Indian journal of veterinary science and animal husbandry - Volumes 18-21, 1948-1951
Year: 1948
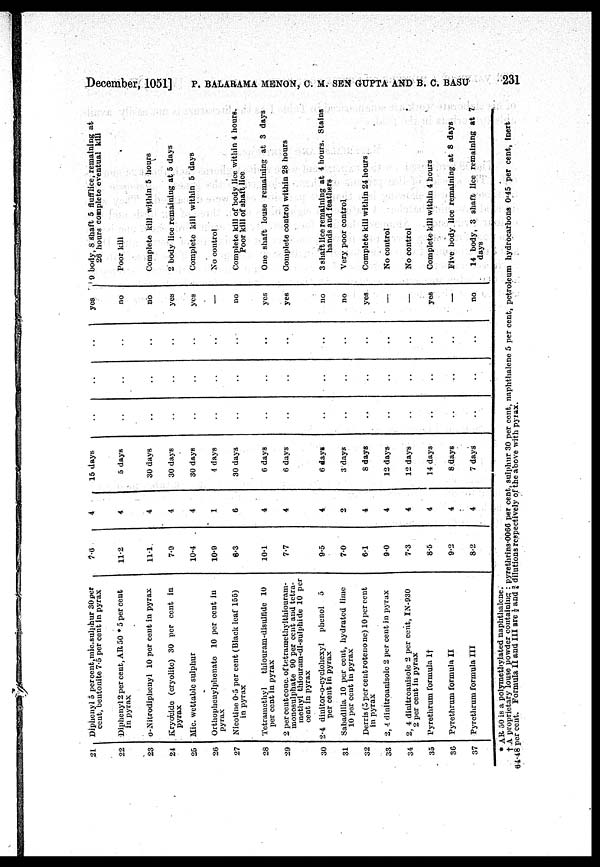
December, 1051] P. BALARAMA MENON, C. M. SEN GUPTA AND B. C. BASU 231
21
22
23
24
25
26
27
28
29
30
31
32
33
34
35
36
37
Diphenyl 5 percent, mic.sulphur 30 per
cent, beutonite 7.5 per cent in pyrax
Diphenyl 2 per cent, AR 50.5 per cent
in pyrax
o-Nitrodiphcnyl 10 per cent in pyrax
Kryotldo (cryolite) 30 per cent in
pyrax
Mic. wettable sulphur
Orthophcuylphonate 10 per cent in
pyrax
Nicotine 0.5 per cent (Black leaf 155)
in pyrax
Tetrumethyl
thiouram-disulfide 10
per cent in pyrax
2 per cent conc. of tetramethylthiouram-
monosulphate 90 per cent and tetra-
methyl thiouram-di-sulphide 10 per
cent in pyrax
2.4 dinitor-o-cyclohexyl
phenol 5
per cent in pyrax
Sabadilla 10 per cent, hydrated lime
10 per cent in pyrax
Derris (5 per cent rotenone) 10 per cent
in pyrax
2, 4 dinitroanisolc 2 per cent in pyrax
2, 4 dinitroauisole 2 per cent, IN-930
2 per cent in pyrax
Pyrethrum formula I†
Pyrethrum formula II
Pyrethrum formula III
7.6
11.2
11.1
7.0
10.4
10.9
6.3
10.1
7.7
9.5
7.0
6.1
9.0
7.3
8.5
9.2
8.2
4
4
4
4
4
1
6
4
4
4
2
4
4
4
4
4
4
15 days
5 days
30 days
30 days
30 days
4 days
30 days
6 days
6 days
6 days
3 days
8 days
12 days
12 days
14 days
8 days
7 days
..
..
..
..
..
..
..
..
..
..
..
..
..
..
..
..
..
..
..
..
..
..
..
..
..
..
..
..
..
..
..
..
..
..
..
..
..
..
..
..
..
..
..
..
..
..
..
..
..
..
..
..
yes
no
no
yes
yes
—
no
yes
yes
no
no
yes
—
—
yes
—
no
9 body, 8 shaft 5 flufflice, remaining at
26 hours complete eventual kill
Poor kill
Complete kill within 5 hours
2 body lice remaining at 5 days
Complete kill within 5 days
No control
Complete kill of body lice within 4 hours.
Poor kill of shaft lice
One shaft louse remaining at 3 days
Complete control within 28 hours
3 shaft lice remaining at 4 hours. Stains
hands and feathers
Very poor control
Complete kill within 24 hours
No control
No control
Complete kill within 4 hours
Five body lice remaining at 8 days
14 body, 3 shaft lice remaining at 7
days
* AR 50 is a polymethylated naphthalene.
† A proprietary louse powder containing: pyrethrins.0066 per cent, sulphur 30 per cent, naphthalene 5 per cent, petroleum hydrocarbons 0.45 per cent, inert
64.48 per cent. Formula I and III are ½ and ¾ dilutions respectively of the above with pyrax.